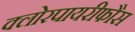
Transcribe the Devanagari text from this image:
क्लोरपायरीफौस